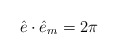
\begin{align*}\hat{e} \cdot \hat{e}_m = 2\pi\end{align*}